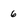
Character: 6